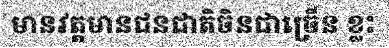
មានវត្តមានជនជាតិចិនជាច្រើន ខ្លះ